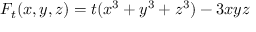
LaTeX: F _ { t } ( x , y , z ) = t ( x ^ { 3 } + y ^ { 3 } + z ^ { 3 } ) - 3 x y z